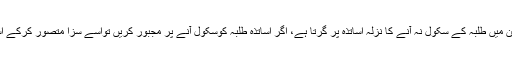
پہلا مسئلہ حاضری کا ہے، اس ضمن میں طلبہ کے سکول نہ آنے کا نزلہ اساتذہ پر گرتا ہے، اگر اساتذہ طلبہ کوسکول آنے پر مجبور کریں تواسے سزا متصور کرکے اساتذہ کو محکمانہ سزا دی جاتی ہے۔